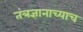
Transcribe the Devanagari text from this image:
तंत्रज्ञानाच्याच